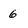
Character: 6